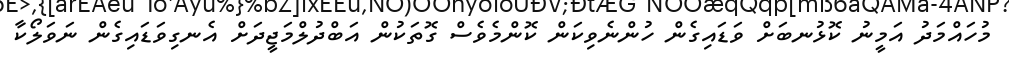
މުހައްމަދު އަމީނު ކޮޅުނބަށް ވަޑައިގެން ހުންނެވިކަން ކޮންމެވެސް ގޮތަކުން އަބްދުލްމަޖީދަށް އެނގިވަޑައިގެން ނަވަލޯކާ